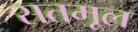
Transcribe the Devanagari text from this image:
सतमूल